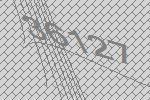
36127